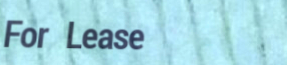
For Lease